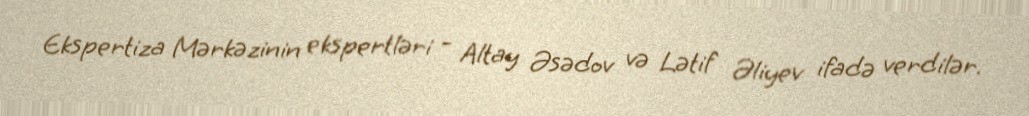
Ekspertiza Mərkəzinin ekspertləri - Altay Əsədov və Lətif Əliyev ifadə verdilər.